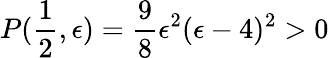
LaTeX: P(\frac{1}{2},\epsilon)=\frac{9}{8}\epsilon^{2}(\epsilon-4)^{2}>0